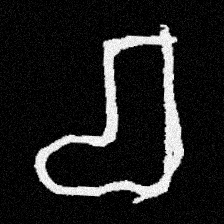
Pyu character \u2014 Myanmar letter: စ (romanized: ca)